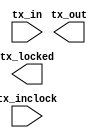
// megafunction wizard: %ALTLVDS_TX%VBB%
// GENERATION: STANDARD
// VERSION: WM1.0
// MODULE: ALTLVDS_TX 

// ============================================================
// Megafunction Name(s):
// 			ALTLVDS_TX
//
// Simulation Library Files(s):
// 			altera_mf
// ============================================================
// ************************************************************
// THIS IS A WIZARD-GENERATED FILE. DO NOT EDIT THIS FILE!
//
// 13.0.1 Build 232 06/12/2013 SP 1 SJ Web Edition
// ************************************************************

//Copyright (C) 1991-2013 Altera Corporation
//Your use of Altera Corporation's design tools, logic functions 
//and other software and tools, and its AMPP partner logic 
//functions, and any output files from any of the foregoing 
//(including device programming or simulation files), and any 
//associated documentation or information are expressly subject 
//to the terms and conditions of the Altera Program License 
//Subscription Agreement, Altera MegaCore Function License 
//Agreement, or other applicable license agreement, including, 
//without limitation, that your use is for the sole purpose of 
//programming logic devices manufactured by Altera and sold by 
//Altera or its authorized distributors.  Please refer to the 
//applicable agreement for further details.

module lvds_tx_4chan_6x (
	tx_in,
	tx_inclock,
	tx_locked,
	tx_out);

	input	[23:0]  tx_in;
	input	  tx_inclock;
	output	  tx_locked;
	output	[3:0]  tx_out;

endmodule

// ============================================================
// CNX file retrieval info
// ============================================================
// Retrieval info: LIBRARY: altera_mf altera_mf.altera_mf_components.all
// Retrieval info: PRIVATE: CNX_CLOCK_CHOICES STRING "tx_inclock"
// Retrieval info: PRIVATE: CNX_CLOCK_MODE NUMERIC "0"
// Retrieval info: PRIVATE: CNX_COMMON_PLL NUMERIC "0"
// Retrieval info: PRIVATE: CNX_DATA_RATE STRING "360.0"
// Retrieval info: PRIVATE: CNX_DESER_FACTOR NUMERIC "6"
// Retrieval info: PRIVATE: CNX_EXT_PLL STRING "OFF"
// Retrieval info: PRIVATE: CNX_LE_SERDES STRING "ON"
// Retrieval info: PRIVATE: CNX_NUM_CHANNEL NUMERIC "4"
// Retrieval info: PRIVATE: CNX_OUTCLOCK_DIVIDE_BY NUMERIC "6"
// Retrieval info: PRIVATE: CNX_PLL_ARESET NUMERIC "0"
// Retrieval info: PRIVATE: CNX_PLL_FREQ STRING "60.00"
// Retrieval info: PRIVATE: CNX_PLL_PERIOD STRING "16.667"
// Retrieval info: PRIVATE: CNX_REG_INOUT NUMERIC "1"
// Retrieval info: PRIVATE: CNX_TX_CORECLOCK STRING "OFF"
// Retrieval info: PRIVATE: CNX_TX_LOCKED STRING "ON"
// Retrieval info: PRIVATE: CNX_TX_OUTCLOCK STRING "OFF"
// Retrieval info: PRIVATE: CNX_USE_CLOCK_RESC STRING "Auto selection"
// Retrieval info: PRIVATE: CNX_USE_PLL_ENABLE NUMERIC "0"
// Retrieval info: PRIVATE: CNX_USE_TX_OUT_PHASE NUMERIC "0"
// Retrieval info: PRIVATE: INTENDED_DEVICE_FAMILY STRING "Cyclone II"
// Retrieval info: PRIVATE: pCNX_OUTCLK_ALIGN STRING "UNUSED"
// Retrieval info: PRIVATE: pINCLOCK_PHASE_SHIFT STRING "0.00"
// Retrieval info: PRIVATE: pOUTCLOCK_PHASE_SHIFT STRING "0.00"
// Retrieval info: CONSTANT: CENTER_ALIGN_MSB STRING "UNUSED"
// Retrieval info: CONSTANT: COMMON_RX_TX_PLL STRING "OFF"
// Retrieval info: CONSTANT: CORECLOCK_DIVIDE_BY NUMERIC "2"
// Retrieval info: CONSTANT: clk_src_is_pll STRING "off"
// Retrieval info: CONSTANT: DATA_RATE STRING "360.0 Mbps"
// Retrieval info: CONSTANT: DESERIALIZATION_FACTOR NUMERIC "6"
// Retrieval info: CONSTANT: DIFFERENTIAL_DRIVE NUMERIC "0"
// Retrieval info: CONSTANT: ENABLE_CLOCK_PIN_MODE STRING "UNUSED"
// Retrieval info: CONSTANT: IMPLEMENT_IN_LES STRING "ON"
// Retrieval info: CONSTANT: INCLOCK_BOOST NUMERIC "0"
// Retrieval info: CONSTANT: INCLOCK_DATA_ALIGNMENT STRING "EDGE_ALIGNED"
// Retrieval info: CONSTANT: INCLOCK_PERIOD NUMERIC "16667"
// Retrieval info: CONSTANT: INCLOCK_PHASE_SHIFT NUMERIC "0"
// Retrieval info: CONSTANT: INTENDED_DEVICE_FAMILY STRING "Cyclone II"
// Retrieval info: CONSTANT: LPM_HINT STRING "UNUSED"
// Retrieval info: CONSTANT: LPM_TYPE STRING "altlvds_tx"
// Retrieval info: CONSTANT: MULTI_CLOCK STRING "OFF"
// Retrieval info: CONSTANT: NUMBER_OF_CHANNELS NUMERIC "4"
// Retrieval info: CONSTANT: OUTCLOCK_ALIGNMENT STRING "EDGE_ALIGNED"
// Retrieval info: CONSTANT: OUTCLOCK_DIVIDE_BY NUMERIC "6"
// Retrieval info: CONSTANT: OUTCLOCK_DUTY_CYCLE NUMERIC "50"
// Retrieval info: CONSTANT: OUTCLOCK_MULTIPLY_BY NUMERIC "1"
// Retrieval info: CONSTANT: OUTCLOCK_PHASE_SHIFT NUMERIC "0"
// Retrieval info: CONSTANT: OUTCLOCK_RESOURCE STRING "AUTO"
// Retrieval info: CONSTANT: OUTPUT_DATA_RATE NUMERIC "360"
// Retrieval info: CONSTANT: PLL_COMPENSATION_MODE STRING "AUTO"
// Retrieval info: CONSTANT: PLL_SELF_RESET_ON_LOSS_LOCK STRING "OFF"
// Retrieval info: CONSTANT: PREEMPHASIS_SETTING NUMERIC "0"
// Retrieval info: CONSTANT: REFCLK_FREQUENCY STRING "UNUSED"
// Retrieval info: CONSTANT: REGISTERED_INPUT STRING "TX_CLKIN"
// Retrieval info: CONSTANT: USE_EXTERNAL_PLL STRING "OFF"
// Retrieval info: CONSTANT: USE_NO_PHASE_SHIFT STRING "ON"
// Retrieval info: CONSTANT: VOD_SETTING NUMERIC "0"
// Retrieval info: USED_PORT: tx_in 0 0 24 0 INPUT NODEFVAL "tx_in[23..0]"
// Retrieval info: CONNECT: @tx_in 0 0 24 0 tx_in 0 0 24 0
// Retrieval info: USED_PORT: tx_inclock 0 0 0 0 INPUT NODEFVAL "tx_inclock"
// Retrieval info: CONNECT: @tx_inclock 0 0 0 0 tx_inclock 0 0 0 0
// Retrieval info: USED_PORT: tx_locked 0 0 0 0 OUTPUT NODEFVAL "tx_locked"
// Retrieval info: CONNECT: tx_locked 0 0 0 0 @tx_locked 0 0 0 0
// Retrieval info: USED_PORT: tx_out 0 0 4 0 OUTPUT NODEFVAL "tx_out[3..0]"
// Retrieval info: CONNECT: tx_out 0 0 4 0 @tx_out 0 0 4 0
// Retrieval info: GEN_FILE: TYPE_NORMAL lvds_tx_4chan_6x.v TRUE FALSE
// Retrieval info: GEN_FILE: TYPE_NORMAL lvds_tx_4chan_6x.qip TRUE FALSE
// Retrieval info: GEN_FILE: TYPE_NORMAL lvds_tx_4chan_6x.bsf TRUE TRUE
// Retrieval info: GEN_FILE: TYPE_NORMAL lvds_tx_4chan_6x_inst.v TRUE TRUE
// Retrieval info: GEN_FILE: TYPE_NORMAL lvds_tx_4chan_6x_bb.v TRUE TRUE
// Retrieval info: GEN_FILE: TYPE_NORMAL lvds_tx_4chan_6x.inc TRUE TRUE
// Retrieval info: GEN_FILE: TYPE_NORMAL lvds_tx_4chan_6x.cmp TRUE TRUE
// Retrieval info: GEN_FILE: TYPE_NORMAL lvds_tx_4chan_6x.ppf TRUE FALSE
// Retrieval info: LIB_FILE: altera_mf
// Retrieval info: CBX_MODULE_PREFIX: ON